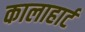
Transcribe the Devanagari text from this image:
कालाहार्ट